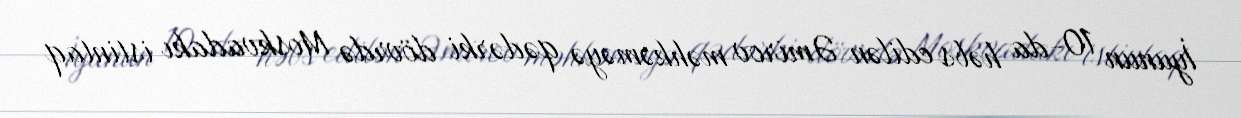
İyunun 10-da həbs edilən Əmirov məhkəməyə qədərki dövrdə Moskvadakı istintaq